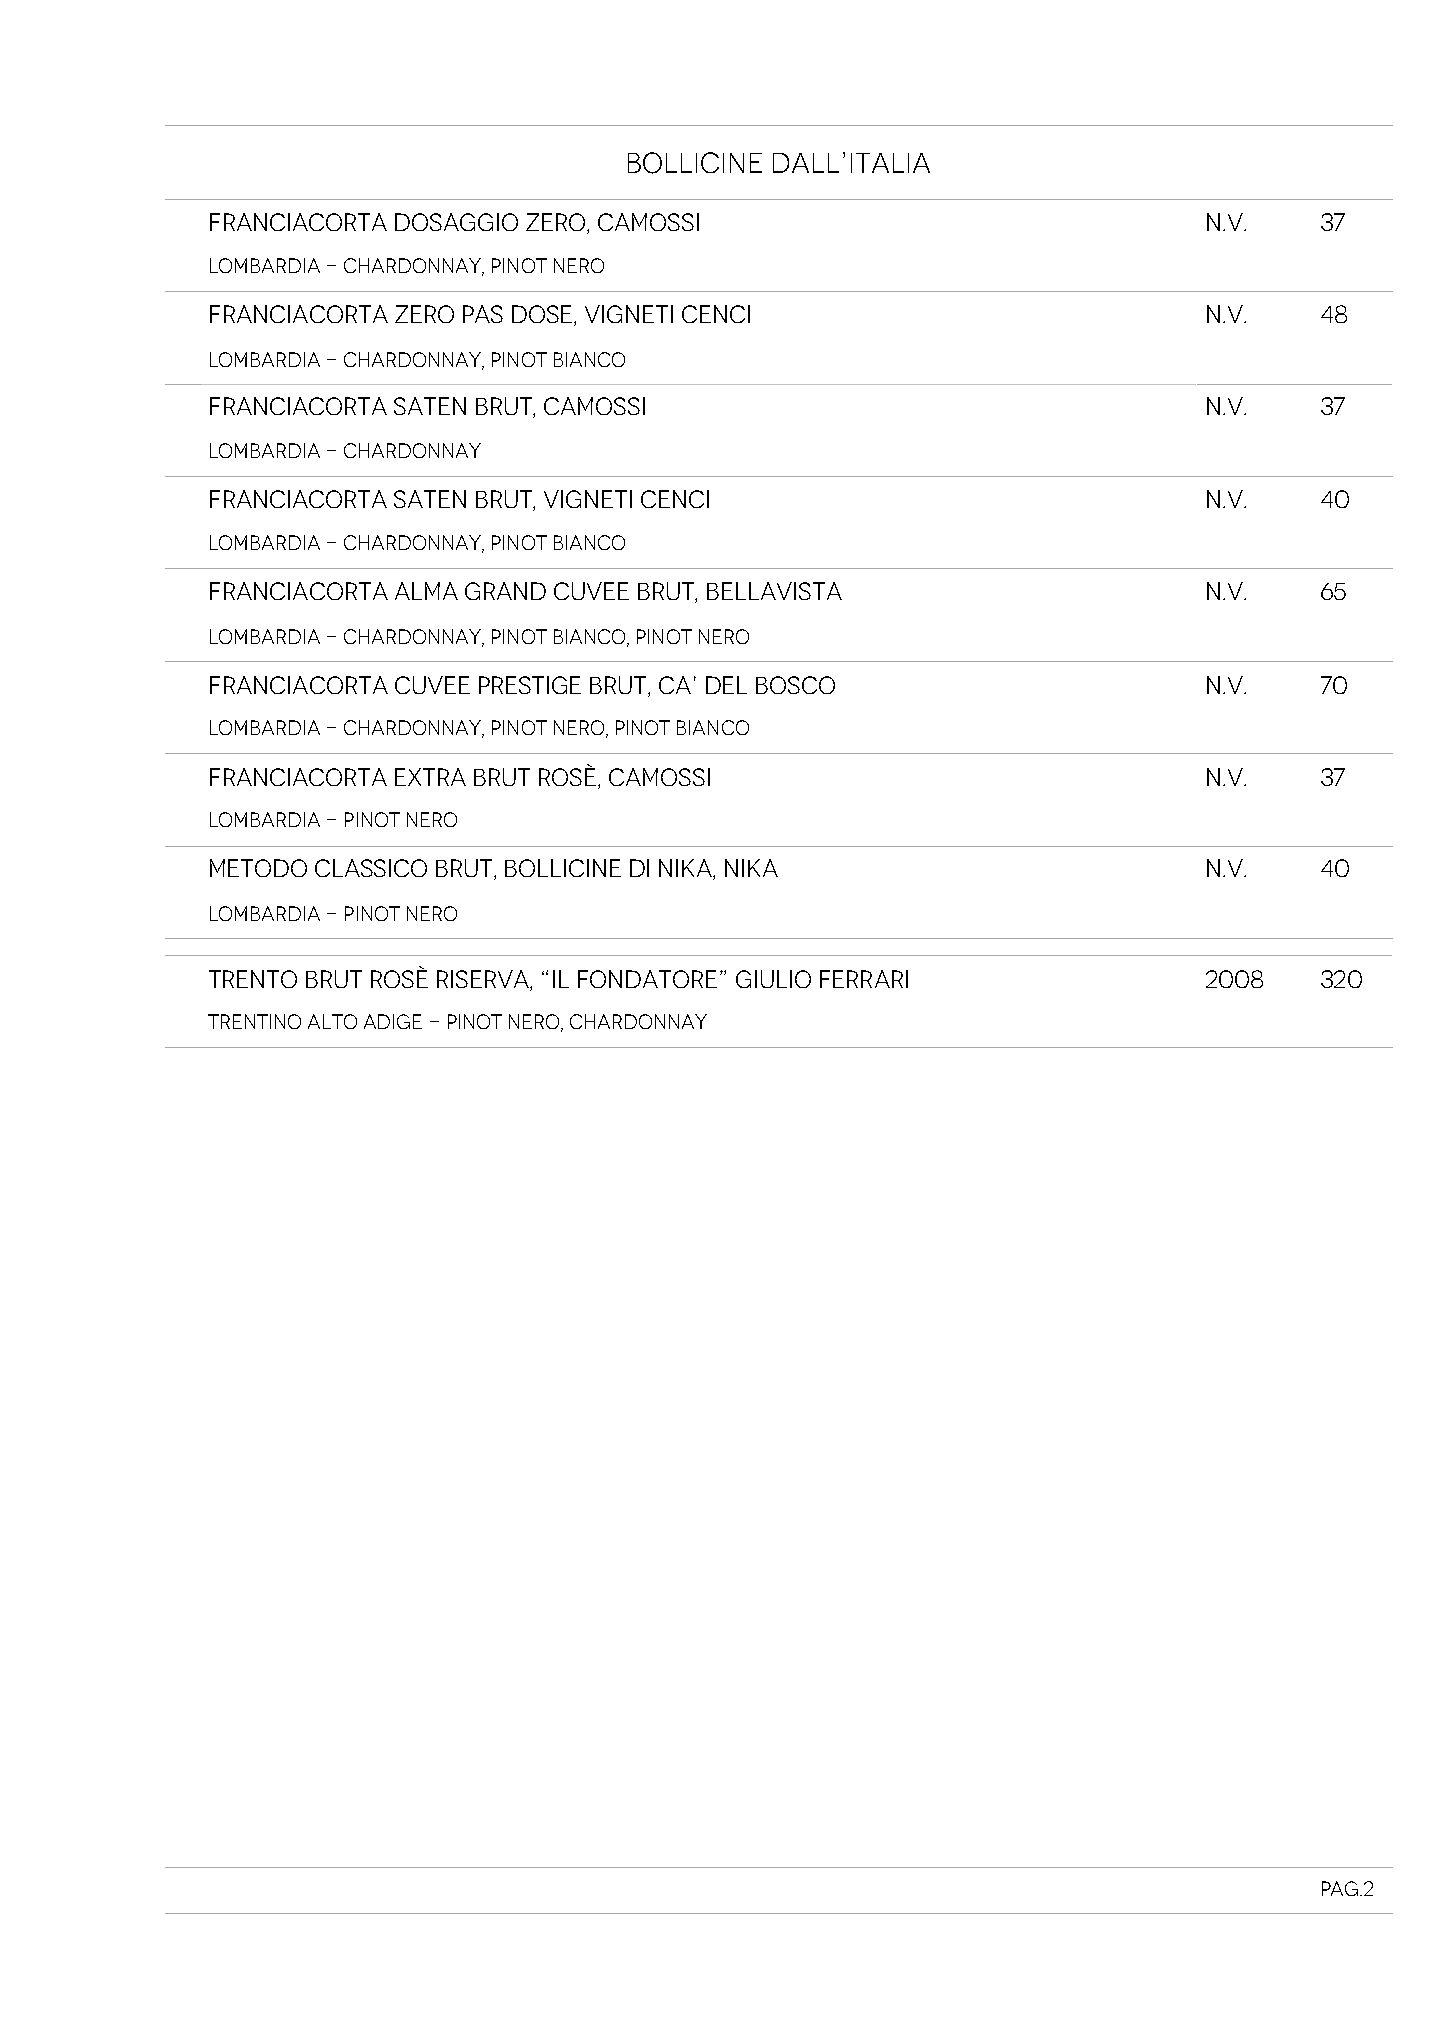
BOLLICINE DALL’ITALIA
 FRANCIACORTA DOSAGGIO ZERO, CAMOSSI                               N.V.   37
 Lombardia - Chardonnay, Pinot nero
 FRANCIACORTA ZERO PAS DOSE, VIGNETI CENCI                         N.V.   48
 Lombardia - Chardonnay, Pinot Bianco
 FRANCIACORTA SATEN BRUT, CAMOSSI                                  N.V.   37
 Lombardia - Chardonnay
 FRANCIACORTA SATEN BRUT, VIGNETI CENCI                            N.V.   40
 Lombardia - Chardonnay, Pinot Bianco
 FRANCIACORTA ALMA GRAND CUVEE BRUT, BELLAVISTA                    N.V.   65
 Lombardia - Chardonnay, Pinot Bianco, Pinot nero
 FRANCIACORTA CUVEE PRESTIGE BRUT, CA’ DEL BOSCO                   N.V.   70
 Lombardia - Chardonnay, Pinot nero, Pinot Bianco
 FRANCIACORTA EXTRA BRUT ROSÈ, CAMOSSI                             N.V.   37
 Lombardia - Pinot nero
 METODO CLASSICO BRUT, BOLLICINE DI NIKA, NIKA                     N.V.   40
 Lombardia - Pinot nero
 TRENTO BRUT ROSÈ RISERVA, “IL FONDATORE” GIULIO FERRARI           2008   320
 Trentino Alto Adige - Pinot Nero, Chardonnay
 Pag.2